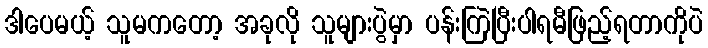
ဒါပေမယ့် သူမကတော့ အခုလို သူများပွဲမှာ ပန်းကြဲပြီးပါရမီဖြည့်ရတာကိုပဲ